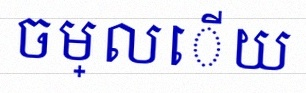
ចម្លើយ